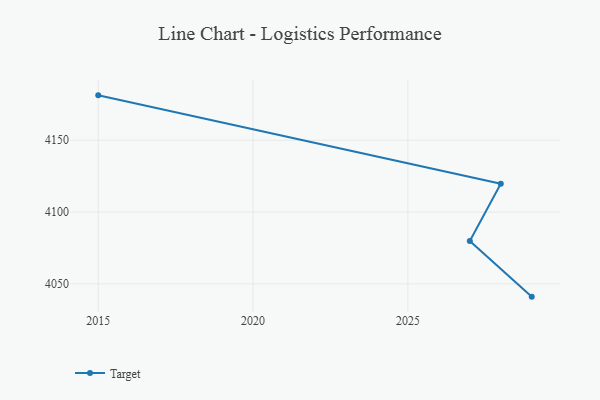
{"axis": {"x": "Year", "y": "Customer Acquisition Cost (USD)"}, "legend": ["Target"], "data": [{"x": "2029", "y": 4041.1, "type": "Target"}, {"x": "2027", "y": 4079.9, "type": "Target"}, {"x": "2028", "y": 4119.8, "type": "Target"}, {"x": "2015", "y": 4181.3, "type": "Target"}]}